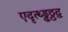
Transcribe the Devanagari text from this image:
एदृत्थ्ड्ढठ्ठद्व